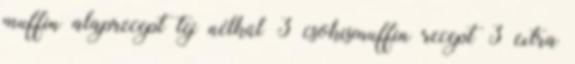
muffin alaprecept tej nélkül 3 csokismuffin recept 3 extra